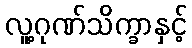
လူ့ဂုဏ်သိက္ခာနှင့်